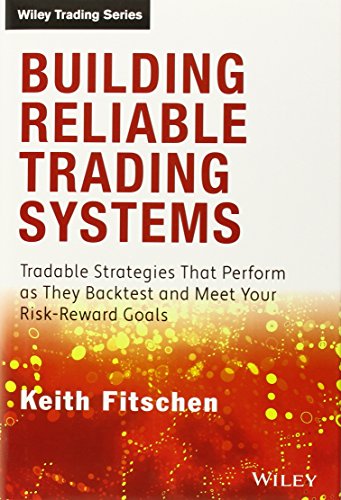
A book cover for Building Reliable Trading Systems: Tradable Strategies That Perform As They Backtest and Meet Your Risk-Reward Goals; Keith Fitschen; Business & Money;